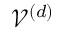
\mathcal V ^ { ( d ) }